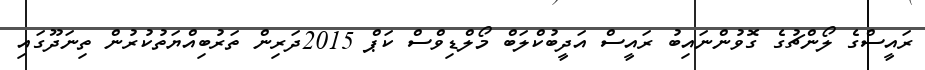
ރައީސްގެ ލޯންޗުގެ ގޮވުންނައިބު ރައީސް އަދީބުކްލަބް މޯލްޑިވްސް ކަޕް 2015ދަރިން ތަރުބިއްޔަތުކުރުން ތިނަދޫގައި